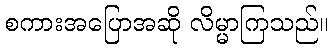
စကားအပြောအဆို လိမ္မာကြသည်။